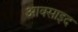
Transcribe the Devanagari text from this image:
आक्साइद